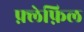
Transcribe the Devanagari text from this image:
फ़्लेफ़िल